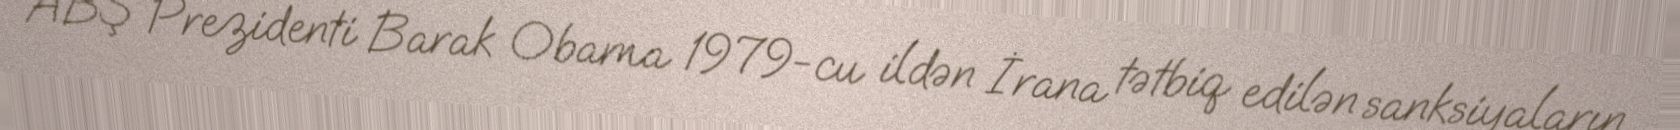
ABŞ Prezidenti Barak Obama 1979-cu ildən İrana tətbiq edilən sanksiyaların